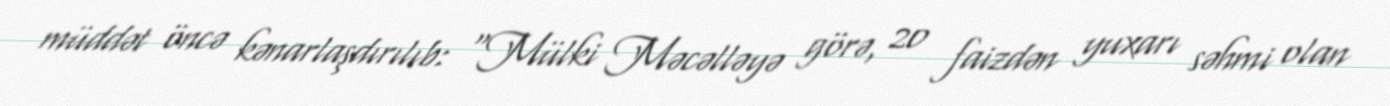
müddət öncə kənarlaşdırılıb: “Mülki Məcəlləyə görə, 20 faizdən yuxarı səhmi olan